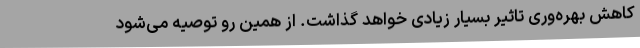
کاهش بهره‌وری تاثیر بسیار زیادی خواهد گذاشت. از همین رو توصیه می‌شود